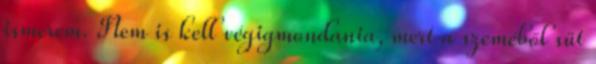
ismerem. Nem is kell végigmondania, mert a szeméből süt